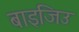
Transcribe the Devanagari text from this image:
बाइजिउ